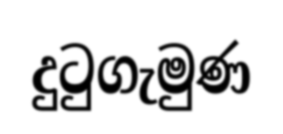
දුටුගැමුණ